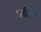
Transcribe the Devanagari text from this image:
धनशिरी